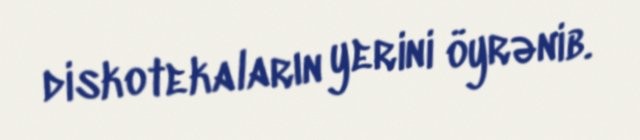
diskotekaların yerini öyrənib.